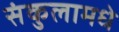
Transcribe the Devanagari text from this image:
संकुलामधे